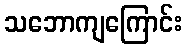
သဘောကျကြောင်း